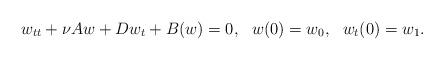
LaTeX: \begin{align*} w_{tt} +\nu A w+ Dw_t +B(w)=0, ~~ w(0)=w_0,~~w_t(0)=w_1. \end{align*}